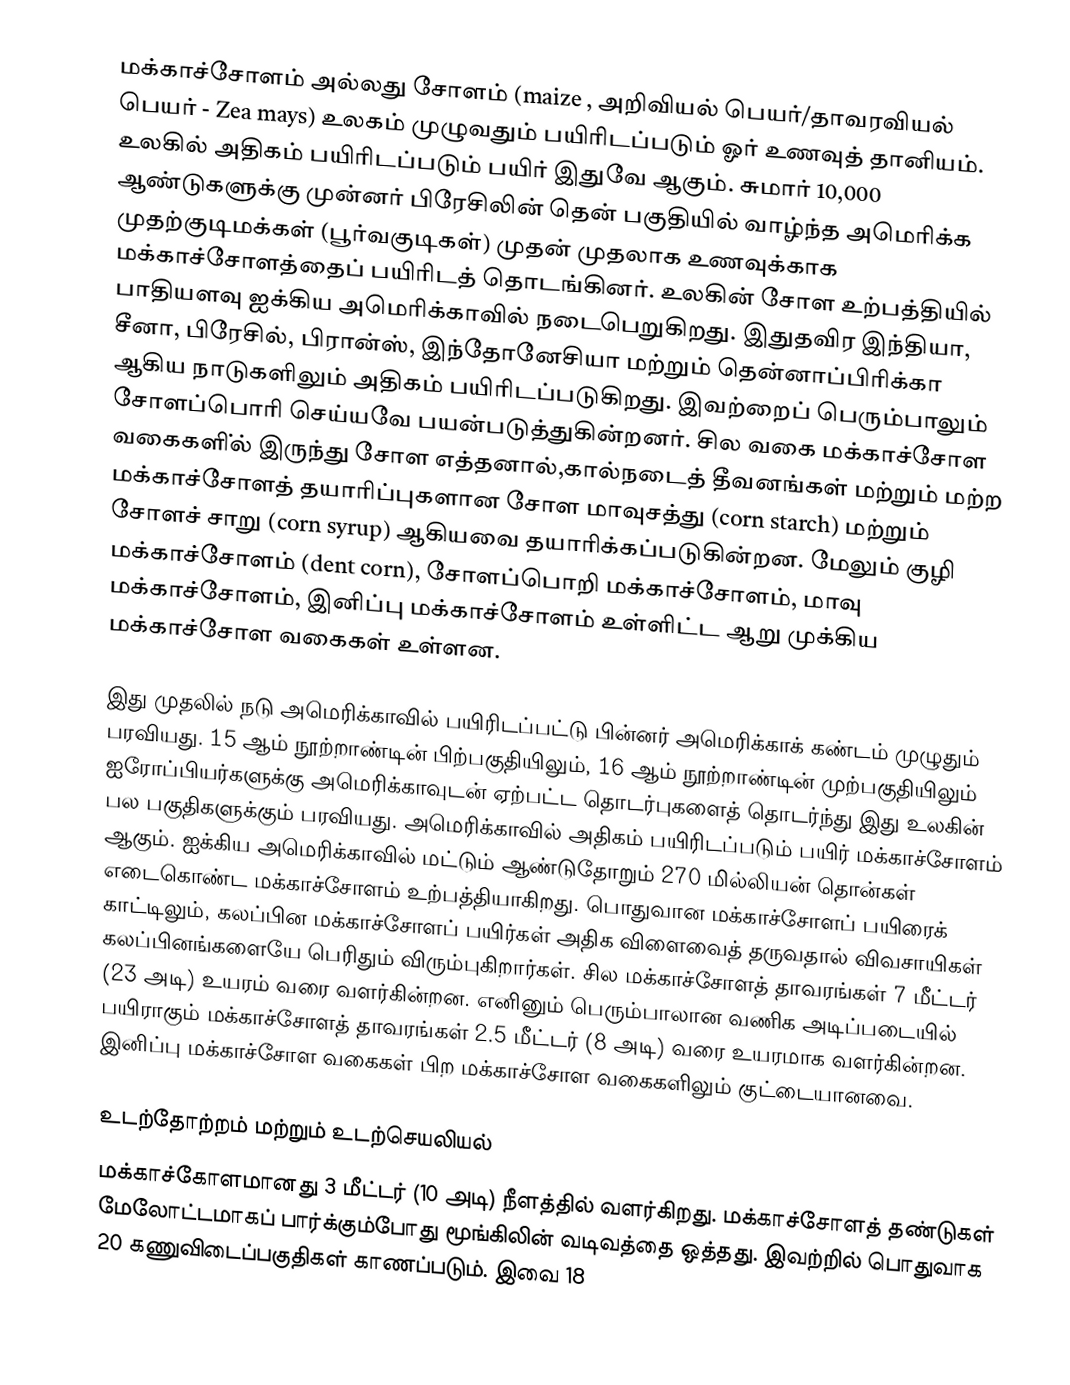
மக்காச்சோளம் அல்லது சோளம் (maize , அறிவியல் பெயர்/தாவரவியல் பெயர் - Zea mays) உலகம் முழுவதும் பயிரிடப்படும்  ஓர் உணவுத் தானியம். உலகில் அதிகம் பயிரிடப்படும் பயிர் இதுவே ஆகும். சுமார் 10,000 ஆண்டுகளுக்கு முன்னர்  பிரேசிலின் தென் பகுதியில் வாழ்ந்த அமெரிக்க முதற்குடிமக்கள் (பூர்வகுடிகள்) முதன் முதலாக உணவுக்காக மக்காச்சோளத்தைப் பயிரிடத் தொடங்கினர்.  உலகின் சோள உற்பத்தியில் பாதியளவு ஐக்கிய அமெரிக்காவில் நடைபெறுகிறது. இதுதவிர இந்தியா, சீனா, பிரேசில், பிரான்ஸ், இந்தோனேசியா மற்றும் தென்னாப்பிரிக்கா ஆகிய நாடுகளிலும் அதிகம் பயிரிடப்படுகிறது. இவற்றைப் பெரும்பாலும் சோளப்பொரி செய்யவே பயன்படுத்துகின்றனர். சில வகை மக்காச்சோள வகைகளி்ல் இருந்து சோள எத்தனால்,கால்நடைத் தீவனங்கள் மற்றும் மற்ற மக்காச்சோளத் தயாரிப்புகளான சோள மாவுசத்து (corn starch) மற்றும் சோளச் சாறு (corn syrup) ஆகியவை தயாரிக்கப்படுகின்றன. மேலும் குழி மக்காச்சோளம் (dent corn), சோளப்பொறி மக்காச்சோளம், மாவு மக்காச்சோளம், இனிப்பு மக்காச்சோளம் உள்ளிட்ட ஆறு முக்கிய மக்காச்சோள வகைகள் உள்ளன.

இது முதலில் நடு அமெரிக்காவில் பயிரிடப்பட்டு பின்னர் அமெரிக்காக் கண்டம் முழுதும் பரவியது. 15 ஆம் நூற்றாண்டின் பிற்பகுதியிலும், 16 ஆம் நூற்றாண்டின் முற்பகுதியிலும் ஐரோப்பியர்களுக்கு அமெரிக்காவுடன் ஏற்பட்ட தொடர்புகளைத் தொடர்ந்து இது உலகின் பல பகுதிகளுக்கும் பரவியது. அமெரிக்காவில் அதிகம் பயிரிடப்படும் பயிர் மக்காச்சோளம் ஆகும். ஐக்கிய அமெரிக்காவில் மட்டும் ஆண்டுதோறும் 270 மில்லியன் தொன்கள் எடைகொண்ட மக்காச்சோளம் உற்பத்தியாகிறது. பொதுவான மக்காச்சோளப் பயிரைக் காட்டிலும், கலப்பின மக்காச்சோளப் பயிர்கள் அதிக விளைவைத் தருவதால் விவசாயிகள் கலப்பினங்களையே பெரிதும் விரும்புகிறார்கள். சில மக்காச்சோளத் தாவரங்கள் 7 மீட்டர் (23 அடி) உயரம் வரை வளர்கின்றன. எனினும் பெரும்பாலான வணிக அடிப்படையில் பயிராகும் மக்காச்சோளத் தாவரங்கள் 2.5 மீட்டர் (8 அடி) வரை உயரமாக வளர்கின்றன. இனிப்பு மக்காச்சோள வகைகள் பிற மக்காச்சோள வகைகளிலும் குட்டையானவை.

உடற்தோற்றம் மற்றும் உடற்செயலியல்
மக்காச்கோளமானது 3 மீட்டர் (10 அடி) நீளத்தில் வளர்கிறது.   மக்காச்சோளத் தண்டுகள் மேலோட்டமாகப் பார்க்கும்போது மூங்கிலின் வடிவத்தை ஒத்தது. இவற்றில் பொதுவாக 20 கணுவிடைப்பகுதிகள் காணப்படும்.   இவை 18